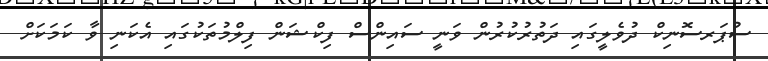
ސުޕަރސޮނިކް ދުވެލީގައި ދަތުރުކުރުން ވަނީ ސައިންސް ފިކްޝަން ފިލްމުތަކުގައި އެކަނި ވާ ކަމަކަށް